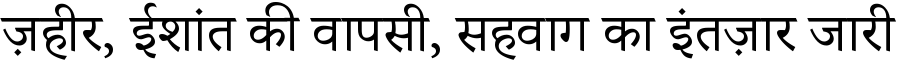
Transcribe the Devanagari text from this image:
ज़हीर, ईशांत की वापसी, सहवाग का इंतज़ार जारी